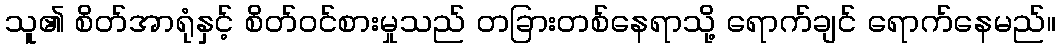
သူ၏ စိတ်အာရုံနှင့် စိတ်ဝင်စားမှုသည် တခြားတစ်နေရာသို့ ရောက်ချင် ရောက်နေမည်။